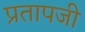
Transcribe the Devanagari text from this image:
प्रतापजी